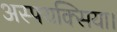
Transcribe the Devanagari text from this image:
अस्फ्यक्सिया।